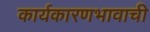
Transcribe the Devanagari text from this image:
कार्यकारणभावाची